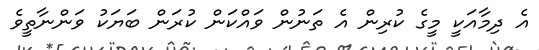
އެ ދިމާއަކީ މީގެ ކުރިން އެ ތަނުން ވައްކަން ކުރަން ބަޔަކު ވަންނާތީވެ